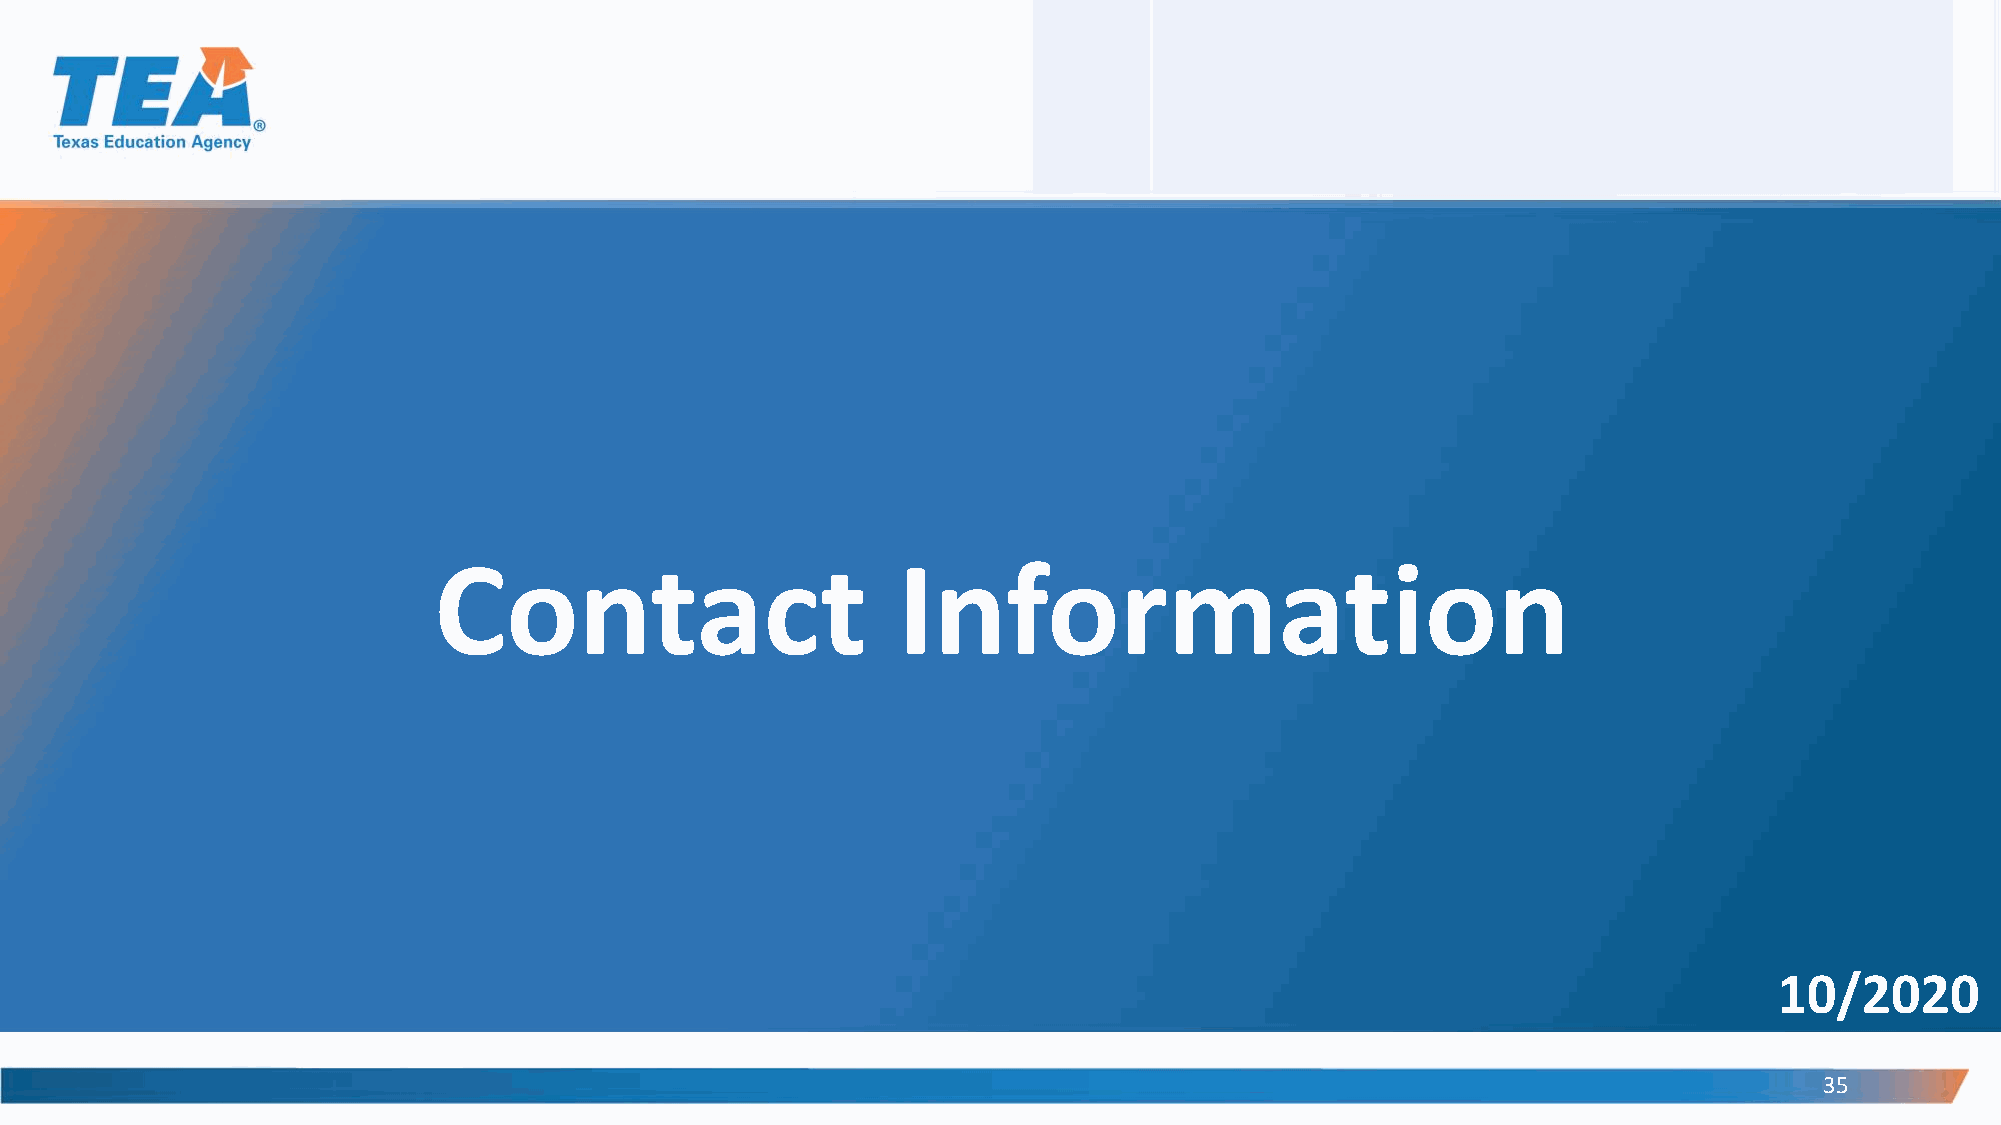
Contact                       Information
 10/2020
 35